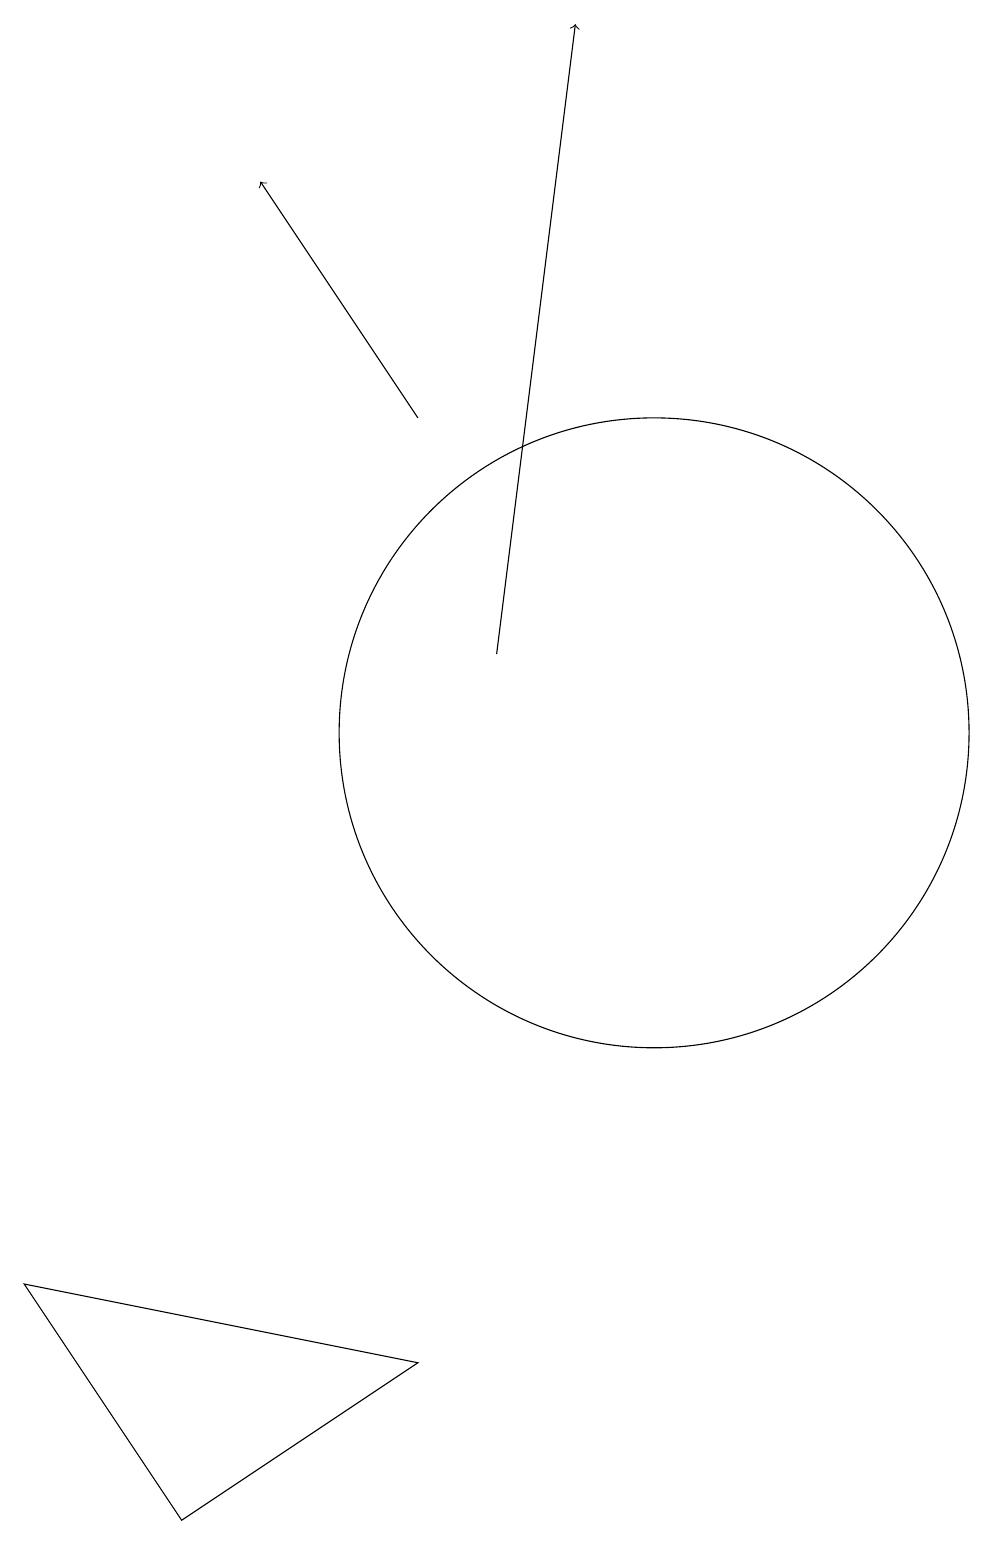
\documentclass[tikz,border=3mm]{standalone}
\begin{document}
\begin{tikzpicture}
\draw (10,10) circle (4);
\draw[->] (7,14) -- (5,17);
\draw[->] (8,11) -- (9,19);
\draw (4,0) -- (7,2) -- (2,3) -- cycle;
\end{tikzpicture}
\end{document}